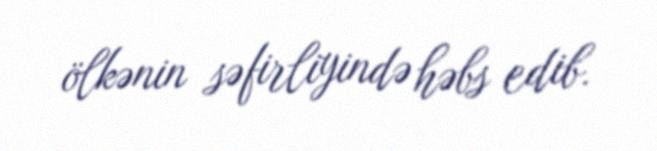
ölkənin səfirliyində həbs edib.